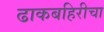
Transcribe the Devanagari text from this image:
ढाकबहिरीचा